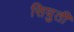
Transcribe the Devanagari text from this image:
सियुती